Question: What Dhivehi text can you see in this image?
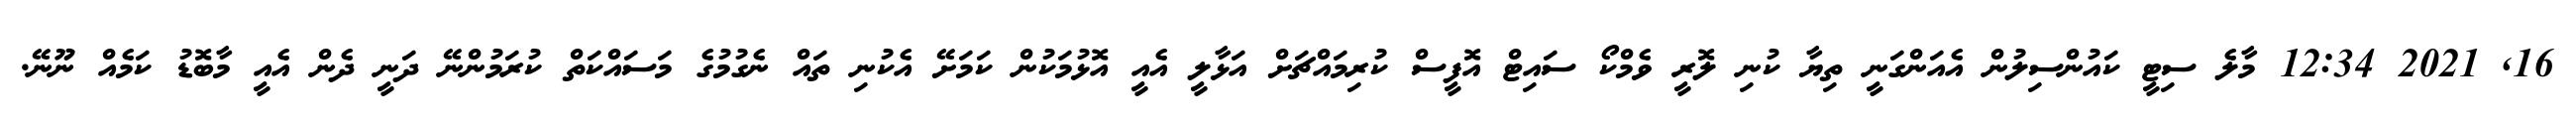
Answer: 16, 2021 12:34 މާލެ ސިޓީ ކައުންސިލުން އެއަންގަނީ ތިޔާ ކުނި ލޮރީ ވެމްކޯ ސައިޓް އޮފީސް ކުރިމައްޗަށް އަޅާލީ އެއީ އޮޅުމަކުން ކަމަށޭ އެކުނި ތައް ނެގުމުގެ މަސައްކަތް ކުރަމުންނޭ ދަނީ ދެން އެއީ މާބޮޑު ކަމެއް ނޫނޭ.